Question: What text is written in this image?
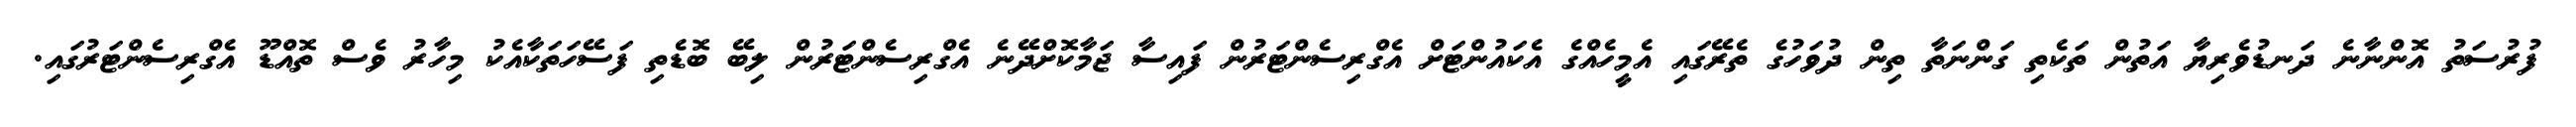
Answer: ފުރުސަތު އޮންނާނެ ދަނޑުވެރިޔާ އަތުން ތަކެތި ގަންނަތާ ތިން ދުވަހުގެ ތެރޭގައި އެމީހެއްގެ އެކައުންޓަށް އެގްރިސެންޓަރުން ފައިސާ ޖަމާކޮށްދޭނެ އެގްރިސެންޓަރުން ލިބޭ ބޮޑެތި ފަސޭހަތަކާއެކު މިހާރު ވެސް ތޮއްޑޫ އެގްރިސެންޓަރުގައި.